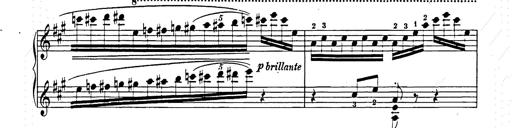
Title: Hungarian Rhapsody No.15
Composer: Franz Liszt
Key: A minor